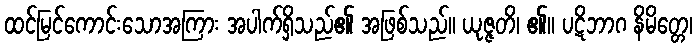
ထင်မြင်ကောင်းသောအကြား အပါက်ရှိသည်၏ အဖြစ်သည်။ ယုဇ္ဇတိ၊ ၏။ ပဋိဘာဂ နိမိတ္တေ၊